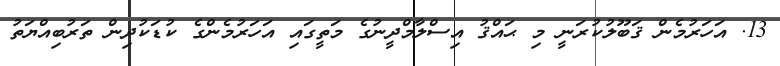
13. އަހަރުމެން ޤަބޫލުކުރަނީ މި ޙައްޤު އިސްލާމްދީނުގެ މަތީގައި އަހަރުމެންގެ ކުޑަކުދިން ތަރުބިއްޔަތު